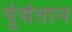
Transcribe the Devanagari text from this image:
पुंसंतान